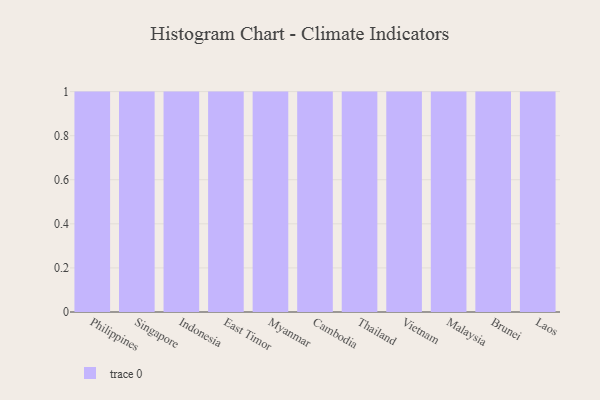
{"axis": {"x": "Country", "y": "Production Output"}, "legend": [""], "data": [{"x": "Philippines", "y": 49, "type": ""}, {"x": "Singapore", "y": 37, "type": ""}, {"x": "Indonesia", "y": 1, "type": ""}, {"x": "East Timor", "y": 60, "type": ""}, {"x": "Myanmar", "y": 77, "type": ""}, {"x": "Cambodia", "y": 35, "type": ""}, {"x": "Thailand", "y": 13, "type": ""}, {"x": "Vietnam", "y": 23, "type": ""}, {"x": "Malaysia", "y": 24, "type": ""}, {"x": "Brunei", "y": 61, "type": ""}, {"x": "Laos", "y": 23, "type": ""}]}